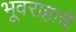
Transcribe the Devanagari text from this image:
भूवराहाचे